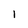
Character: 1